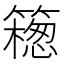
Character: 𥵅